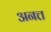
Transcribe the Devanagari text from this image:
अनत्त